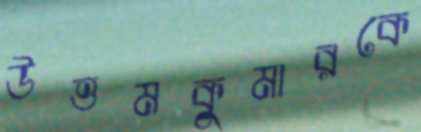
উত্তমকুমারকে